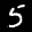
Label: 5